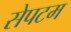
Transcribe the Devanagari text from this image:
सेपटम